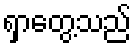
ရှာတွေ့သည်